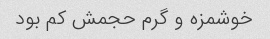
خوشمزه و گرم حجمش کم بود